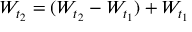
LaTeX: W _ { t _ { 2 } } = ( W _ { t _ { 2 } } - W _ { t _ { 1 } } ) + W _ { t _ { 1 } }